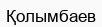
Қолымбаев